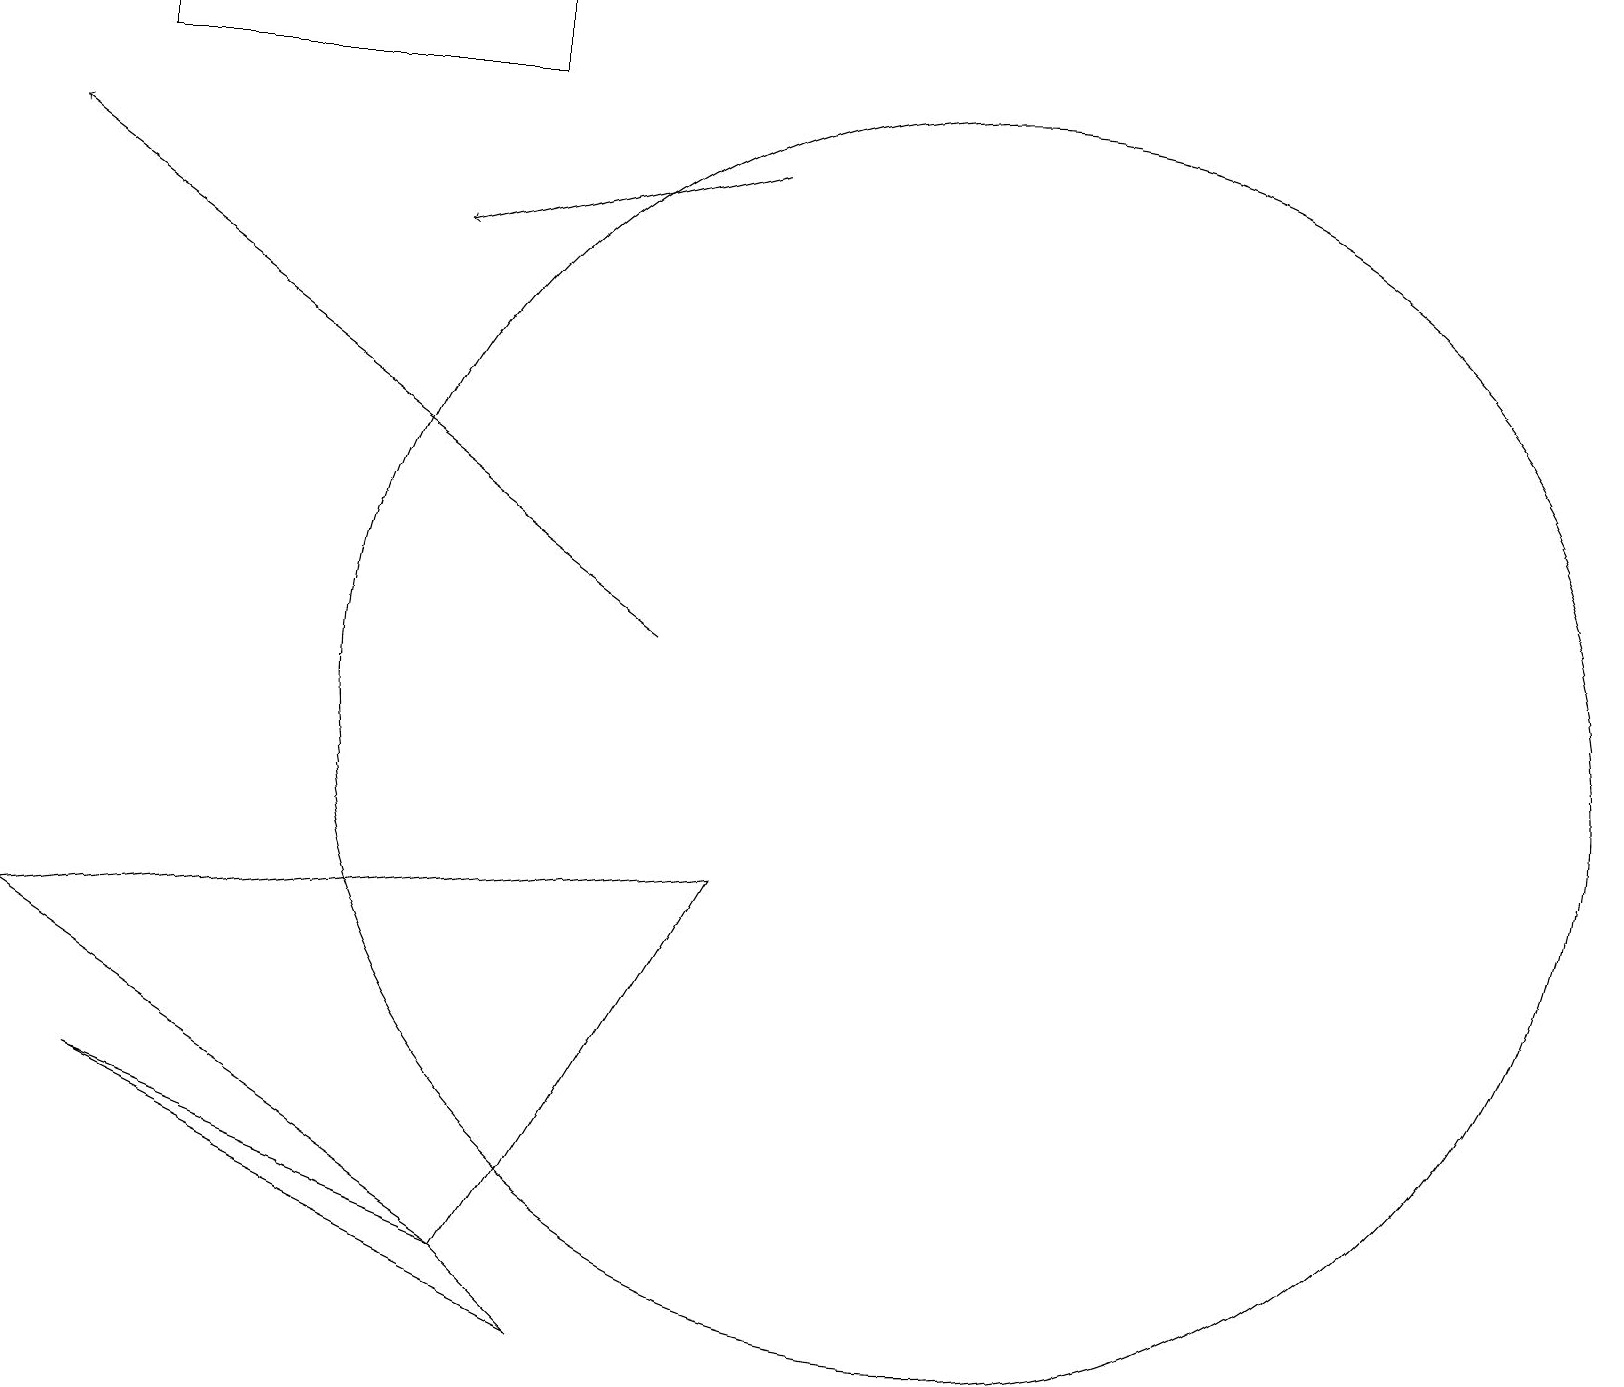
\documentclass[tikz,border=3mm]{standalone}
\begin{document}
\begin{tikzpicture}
\draw[->] (9,17) -- (5,16);
\draw (1,19) rectangle (6,18);
\draw (6,3) -- (1,5) -- (7,2) -- cycle;
\draw (12,10) circle (8);
\draw (9,8) -- (6,3) -- (0,7) -- cycle;
\draw[->] (8,11) -- (0,17);
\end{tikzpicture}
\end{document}